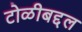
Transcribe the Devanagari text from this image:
टोळीबद्दल